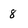
Character: 8